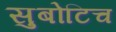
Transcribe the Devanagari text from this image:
सुबोटिच